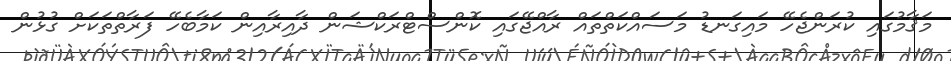
މަޤާމުގައި ކުރަންޖެހޭ މައިގަނޑު މަސައްކަތްތައް ރާއްޖޭގައި ކޮންސްޓްރަކްޝަން ދާއިރާއިން ކަމާބެހޭ ފަރާތްތަކަށް ގުޅުން